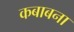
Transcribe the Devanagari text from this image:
कबाबना